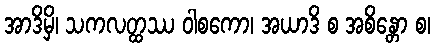
အာဒိမှိ၊ သကလတ္ထဿ ဝါစကော၊ အယာဒိ စ အစိန္တော စ၊